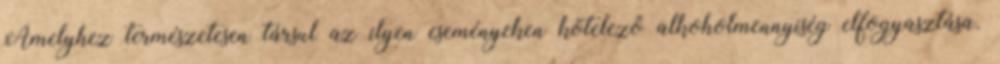
Amelyhez természetesen társul az ilyen eseményeken kötelező alkoholmennyiség elfogyasztása.